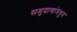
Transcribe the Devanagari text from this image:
समुदायांमधून